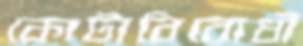
কোটাবিরোধী